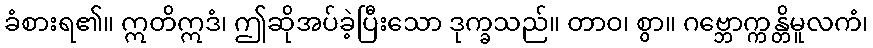
ခံစားရ၏။ ဣတိဣဒံ၊ ဤဆိုအပ်ခဲ့ပြီးသော ဒုက္ခသည်။ တာဝ၊ စွာ။ ဂဗ္ဘောက္ကန္တိမူလကံ၊